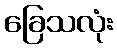
ခြေသလုံး